Leaving Certificate, 1899
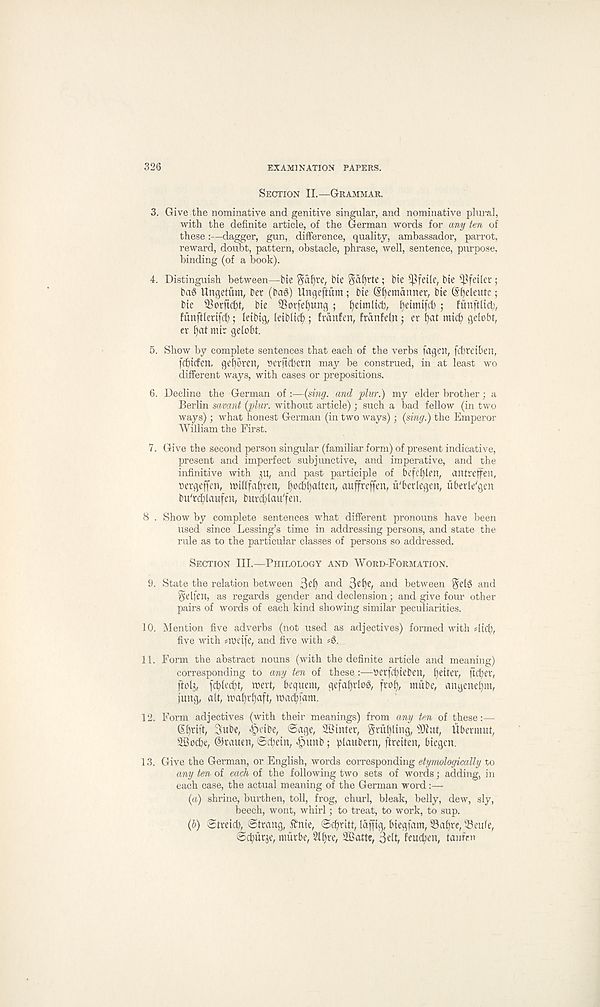
326
EXAMINATION PAPERS.
Section II.—Grammar.
3. Give the nominative and genitive singular, and nominative plural,
with the definite article, of the German words for any ten of
these:—dagger, gun, difference, quality, ambassador, parrot,
reward, doubt, pattern, obstacle, phrase, well, sentence, purpose,
binding (of a book).
4. Distinguish between—tie $af)re, tie Sal)rte; Me ^feile, Me Pfeifer;
bag Ungetum, bet (bag) Ungeftiim; Me (Sfjemanner, Me @f)eleute;
bie Sorftcbt, bie 3Sor[ef)ung ; l)eimltcb, fietmtfd); funftltd;,
funfflettfc^; leibtg, leiblit^ ; ftanfen, frdnfeln; er f)at mtc() gelobt,
er f)at mtr gelobt.
5. Show by complete sentences that each of the verbs fageit, fdjreibett,
fc&iden, gef)otert, berfichern may be construed, in at least wo
different ways, with cases or prepositions.
6. Decline the German of:—{sing, and plur.) my elder brother j a
Berlin savant {plur. without article); such a bad fellow (in two
ways); what honest German (in two ways); {sing.) the Emperor
William the First.
7. Give the second person singular (familiar form) of present indicative,
present and imperfect subjunctive, and imperative, and the
infinitive with ju, and past participle of befcfjlen, antreffen,
bergeffen, tbillfafjren, Ijodbfjalten, auffreffen, u' berlegen, uberle' gen
bu' rdjlaufen, burc^lau' fen.
8 . Show by complete sentences what different pronouns have been
used since Lessing’s time in addressing persons, and state the
rule as to the particular classes of persons so addressed.
Section III.—Philology and Word-Formation.
9. State the relation between 3cf) an d
an d between §Mg and
Seifert, as regards gender and declension; and give four other
pairs of words of each kind showing similar peculiarities.
10. Mention five adverbs (not used as adjectives) formed with 4tcl),
five with #ibetfe, and five with ?g.
11. Form the abstract nouns (with the definite article and meaning)
corresponding to any ten of these :—betfcbteben, fjeiter, ftcfyet,
ftolj, fcfylecf)t, tbert, bequent, gefafjrlog, frof), mube, angene^m,
fung, alt, tbaf)rt)aft, fbac^fam.
12. Form adjectives (with their meanings) from any ten of these:—
Shrift, 3ube, -bdbe, ©age, SBtnter, Sml)ltng,
Ubermut,
SBocbe, @rauen, ©rt;ein, ^tunb; plaubern, ftreiten, biegen.
13. Give the German, or English, words corresponding etymologically to
any ten of each of the following two sets of words; adding, in
each case, the actual meaning of the German word :—
{a) shrine, burthen, toll, frog, churl, bleak, belly, dew, sly,
beech, wont, whirl; to treat, to work, to sup.
{h) ©tretcb^ ©trang, i?me, ©dfritt, laffig, biegfam, 0af)re, 53eule,
©c^urje, murbe, Slltre, SBatte, 3t(t, feucben, tanfrn